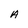
Character: A